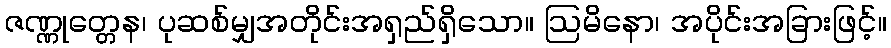
ဇဏ္ဏုတ္တေန၊ ပုဆစ်မျှအတိုင်းအရှည်ရှိသော။ ဩမိနော၊ အပိုင်းအခြားဖြင့်။